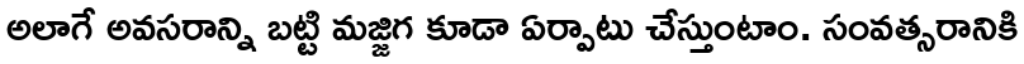
అలాగే అవసరాన్ని బట్టి మజ్జిగ కూడా ఏర్పాటు చేస్తుంటాం. సంవత్సరానికి